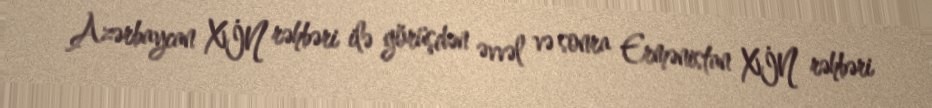
Azərbaycan XİN rəhbəri ilə görüşdən əvvəl və sonra Ermənistan XİN rəhbəri